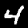
Digit: 4